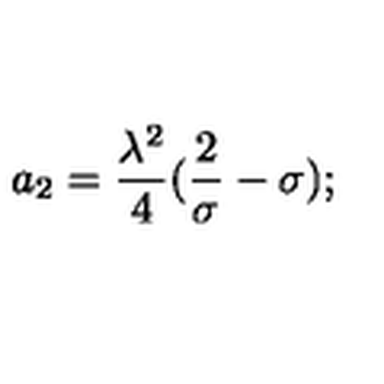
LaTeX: a _ { 2 } = { \frac { \lambda ^ { 2 } } { 4 } } ( { \frac { 2 } { \sigma } } - \sigma ) ;